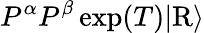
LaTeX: P^{\alpha}P^{\beta}\exp(T)\vert\mathrm{R}\rangle